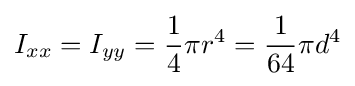
I_{xx}=I_{yy}={\frac {1}{4}}{\pi }r^{4}={\frac {1}{64}}{\pi }d^{4}